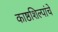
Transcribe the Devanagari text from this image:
काष्ठशिल्पांचे